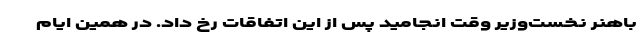
باهنر نخست‌وزیر وقت انجامید پس از این اتفاقات رخ داد. در همین ایام